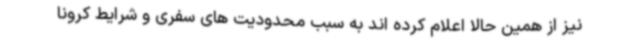
نیز از همین حالا اعلام کرده اند به سبب محدودیت های سفری و شرایط کرونا